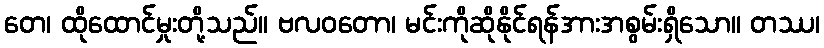
တေ၊ ထိုထောင်မှုးတို့သည်။ ဗလဝတော၊ မင်းကိုဆိုနိုင်ရန်အားအစွမ်းရှိသော။ တဿ၊